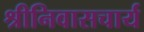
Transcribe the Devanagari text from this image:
श्रीनिवासचार्य